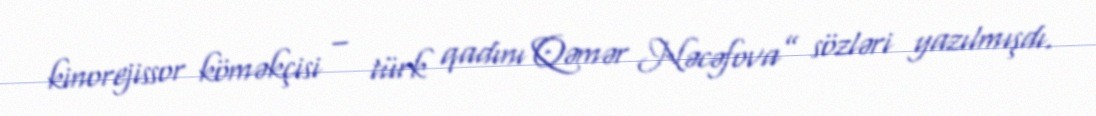
kinorejissor köməkçisi – türk qadını Qəmər Nəcəfova” sözləri yazılmışdı.